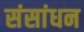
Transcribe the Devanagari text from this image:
संसांधन